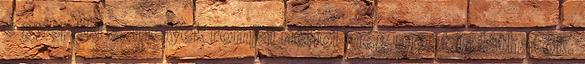
e gyepűkre, melyek romjai néhol még most is láthatók.